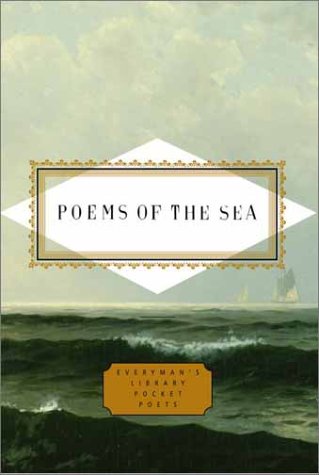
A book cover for Poems of the Sea (Everyman's Library Pocket Poets); Literature & Fiction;